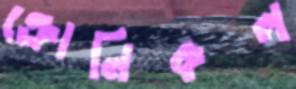
ক্রোনিকল